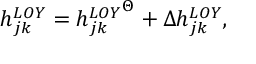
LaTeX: h _ { j k } ^ { L O Y } = { h _ { j k } ^ { L O Y } } ^ { \Theta } + \Delta h _ { j k } ^ { L O Y } ,